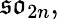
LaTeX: {\mathfrak{so}}_{2n},